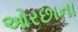
ઓરછાના